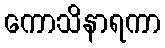
ကောသိနာရကာ